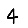
Digit: 4